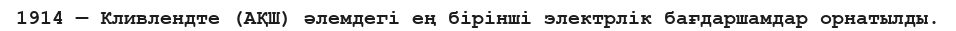
1914 — Кливлендте (АҚШ) әлемдегі ең бірінші электрлік бағдаршамдар орнатылды.